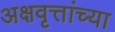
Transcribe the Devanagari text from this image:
अक्षवृत्तांच्या